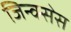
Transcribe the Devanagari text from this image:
जिन्क्सेस